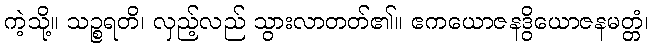
ကဲ့သို့။ သဉ္စရတိ၊ လှည့်လည် သွားလာတတ်၏။ ဧကယောဇနဒွိယောဇနမတ္တံ၊